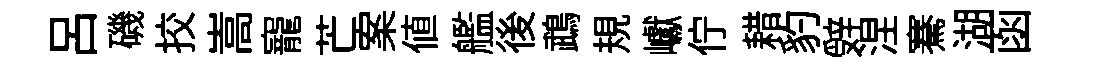
吕磯挍嵩寵芒案值艦後鵡規巘佇耤豹辤涅騫湖函